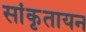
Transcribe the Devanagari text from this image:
सांकृतायन